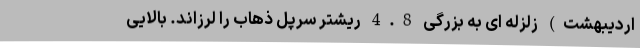
اردیبهشت) زلزله ای به بزرگی 4.8 ریشتر سرپل ذهاب را لرزاند. بالایی